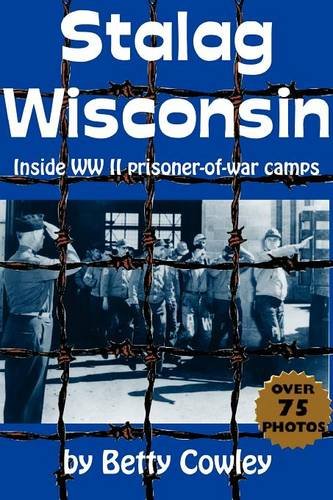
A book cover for Stalag Wisconsin: Inside WWII Prisoner of War Camps; Betty Cowley; Biographies & Memoirs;